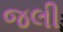
જલી